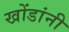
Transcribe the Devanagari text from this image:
खोंडांनी